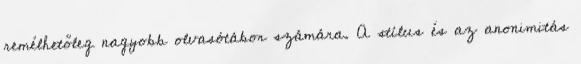
remélhetőleg nagyobb olvasótábor számára. A stílus és az anonimitás